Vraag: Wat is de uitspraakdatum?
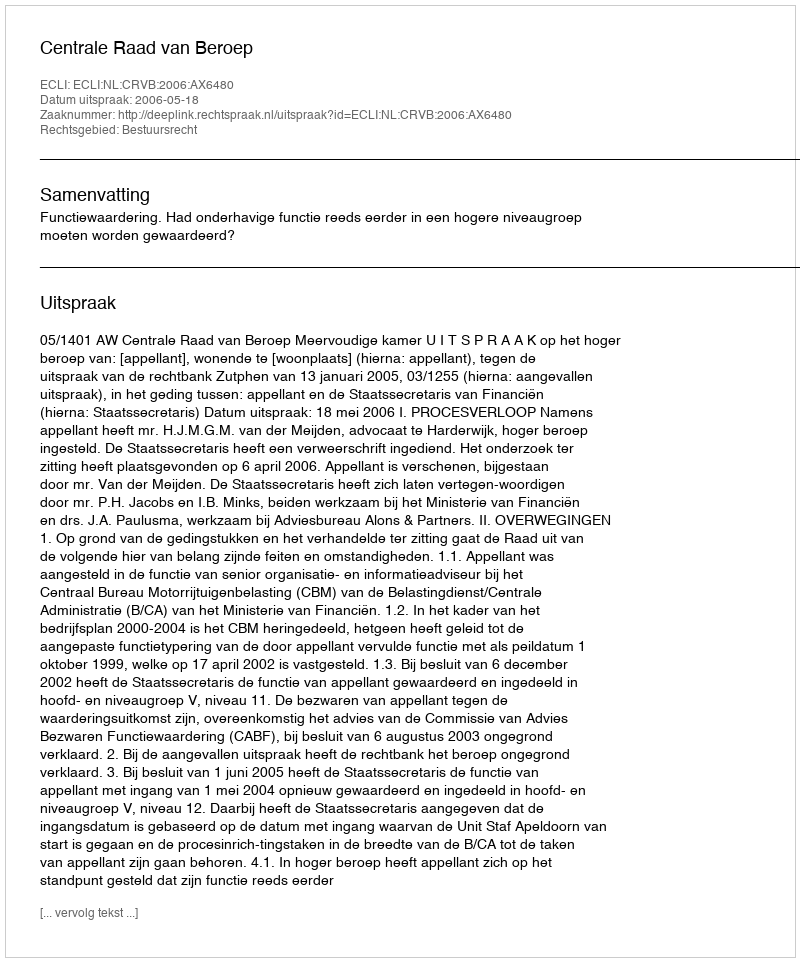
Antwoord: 2006-05-18